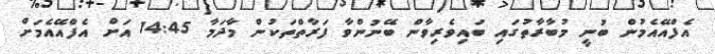
އެފްއޭއެމުން ބުނީ މުބާރާތުގައި ބައިވެރިވާން ބޭނުންވާ ފަރާތްތަކުން މާދަމާ 14:45 އަށް އެފްއޭއެމަށް